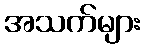
အသက်များ